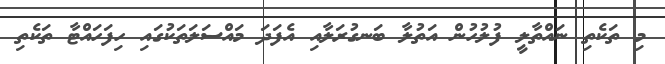
މި ތަކެތި ނައްތާލީ ފުލުހުން އަތުލާ ބަނގުރަލާއި އެފަދަ މައްސަލަތަކުގައި ހިފަހައްޓާ ތަކެތި